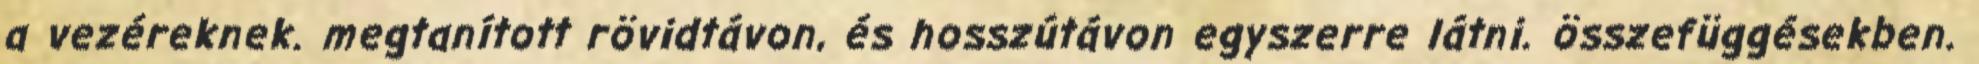
a vezéreknek. megtanított rövidtávon, és hosszútávon egyszerre látni. összefüggésekben.